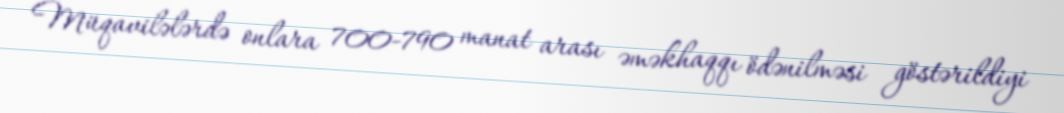
Müqavilələrdə onlara 700-790 manat arası əməkhaqqı ödənilməsi göstərildiyi